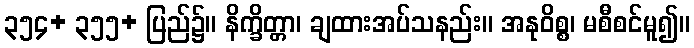
၃၅၄+ ၃၅၅+ ပြည်၌။ နိက္ခိတ္တာ၊ ချထားအပ်သနည်း။ အနုဝိစ္စ၊ မစီစင်မူ၍။